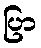
ပြာ